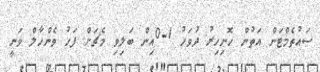
ސައުތެމްޓަން އަތުން ހޮނިހިރު ދުވަހު 1-0އިން ބަލިވި މެޗަށް ފަހު ވެންހާލް ވަނީ